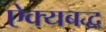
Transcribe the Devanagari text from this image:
ऐक्यबद्ध